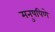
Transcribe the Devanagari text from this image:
मनुषपिणे